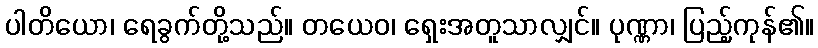
ပါတိယော၊ ရေခွက်တို့သည်။ တယေဝ၊ ရှေးအတူသာလျှင်။ ပုဏ္ဏာ၊ ပြည့်ကုန်၏။